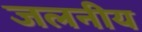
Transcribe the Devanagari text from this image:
जलनीय